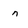
Character: n